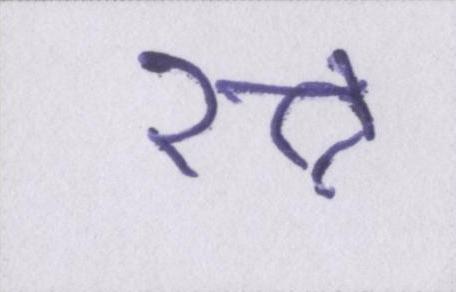
रत्न